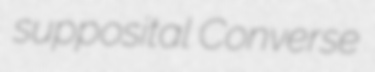
supposital Converse